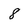
Character: 8